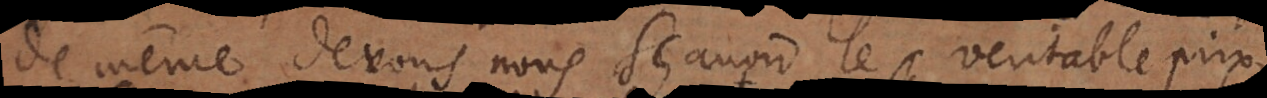
de même devons nous sçavoir le veritable prix